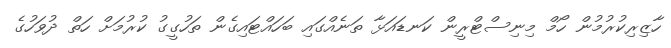
ހާޒިރިކުރުމުން ހޯމް މިނިސްޓްރީން ކަނޑައަޅާ ތަނެއްގައި ބަހައްޓައިގެން ތަހުގީގު ކުރުމަށް ހަތް ދުވަހުގެ